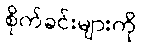
စိုက်ခင်းများကို